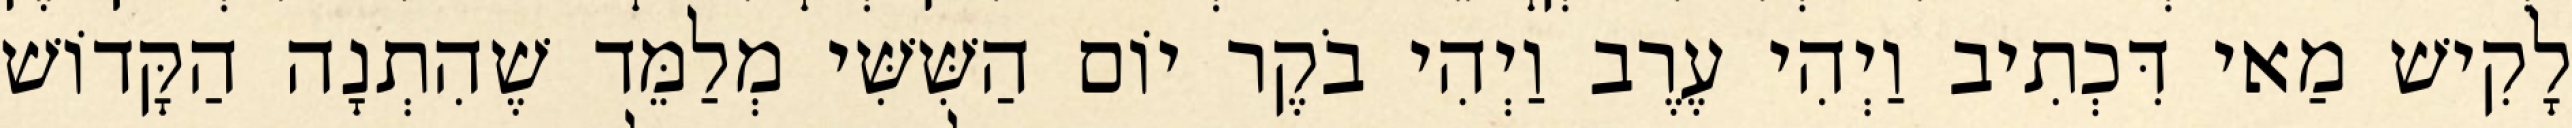
לָקִישׁ מַאי דִּכְתִיב וַיְהִי עֶרֶב וַיְהִי בֹקֶר יוֹם הַשִּׁשִּׁי מְלַמֵּד שֶׁהִתְנָה הַקָּדוֹשׁ